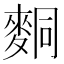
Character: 𪌢